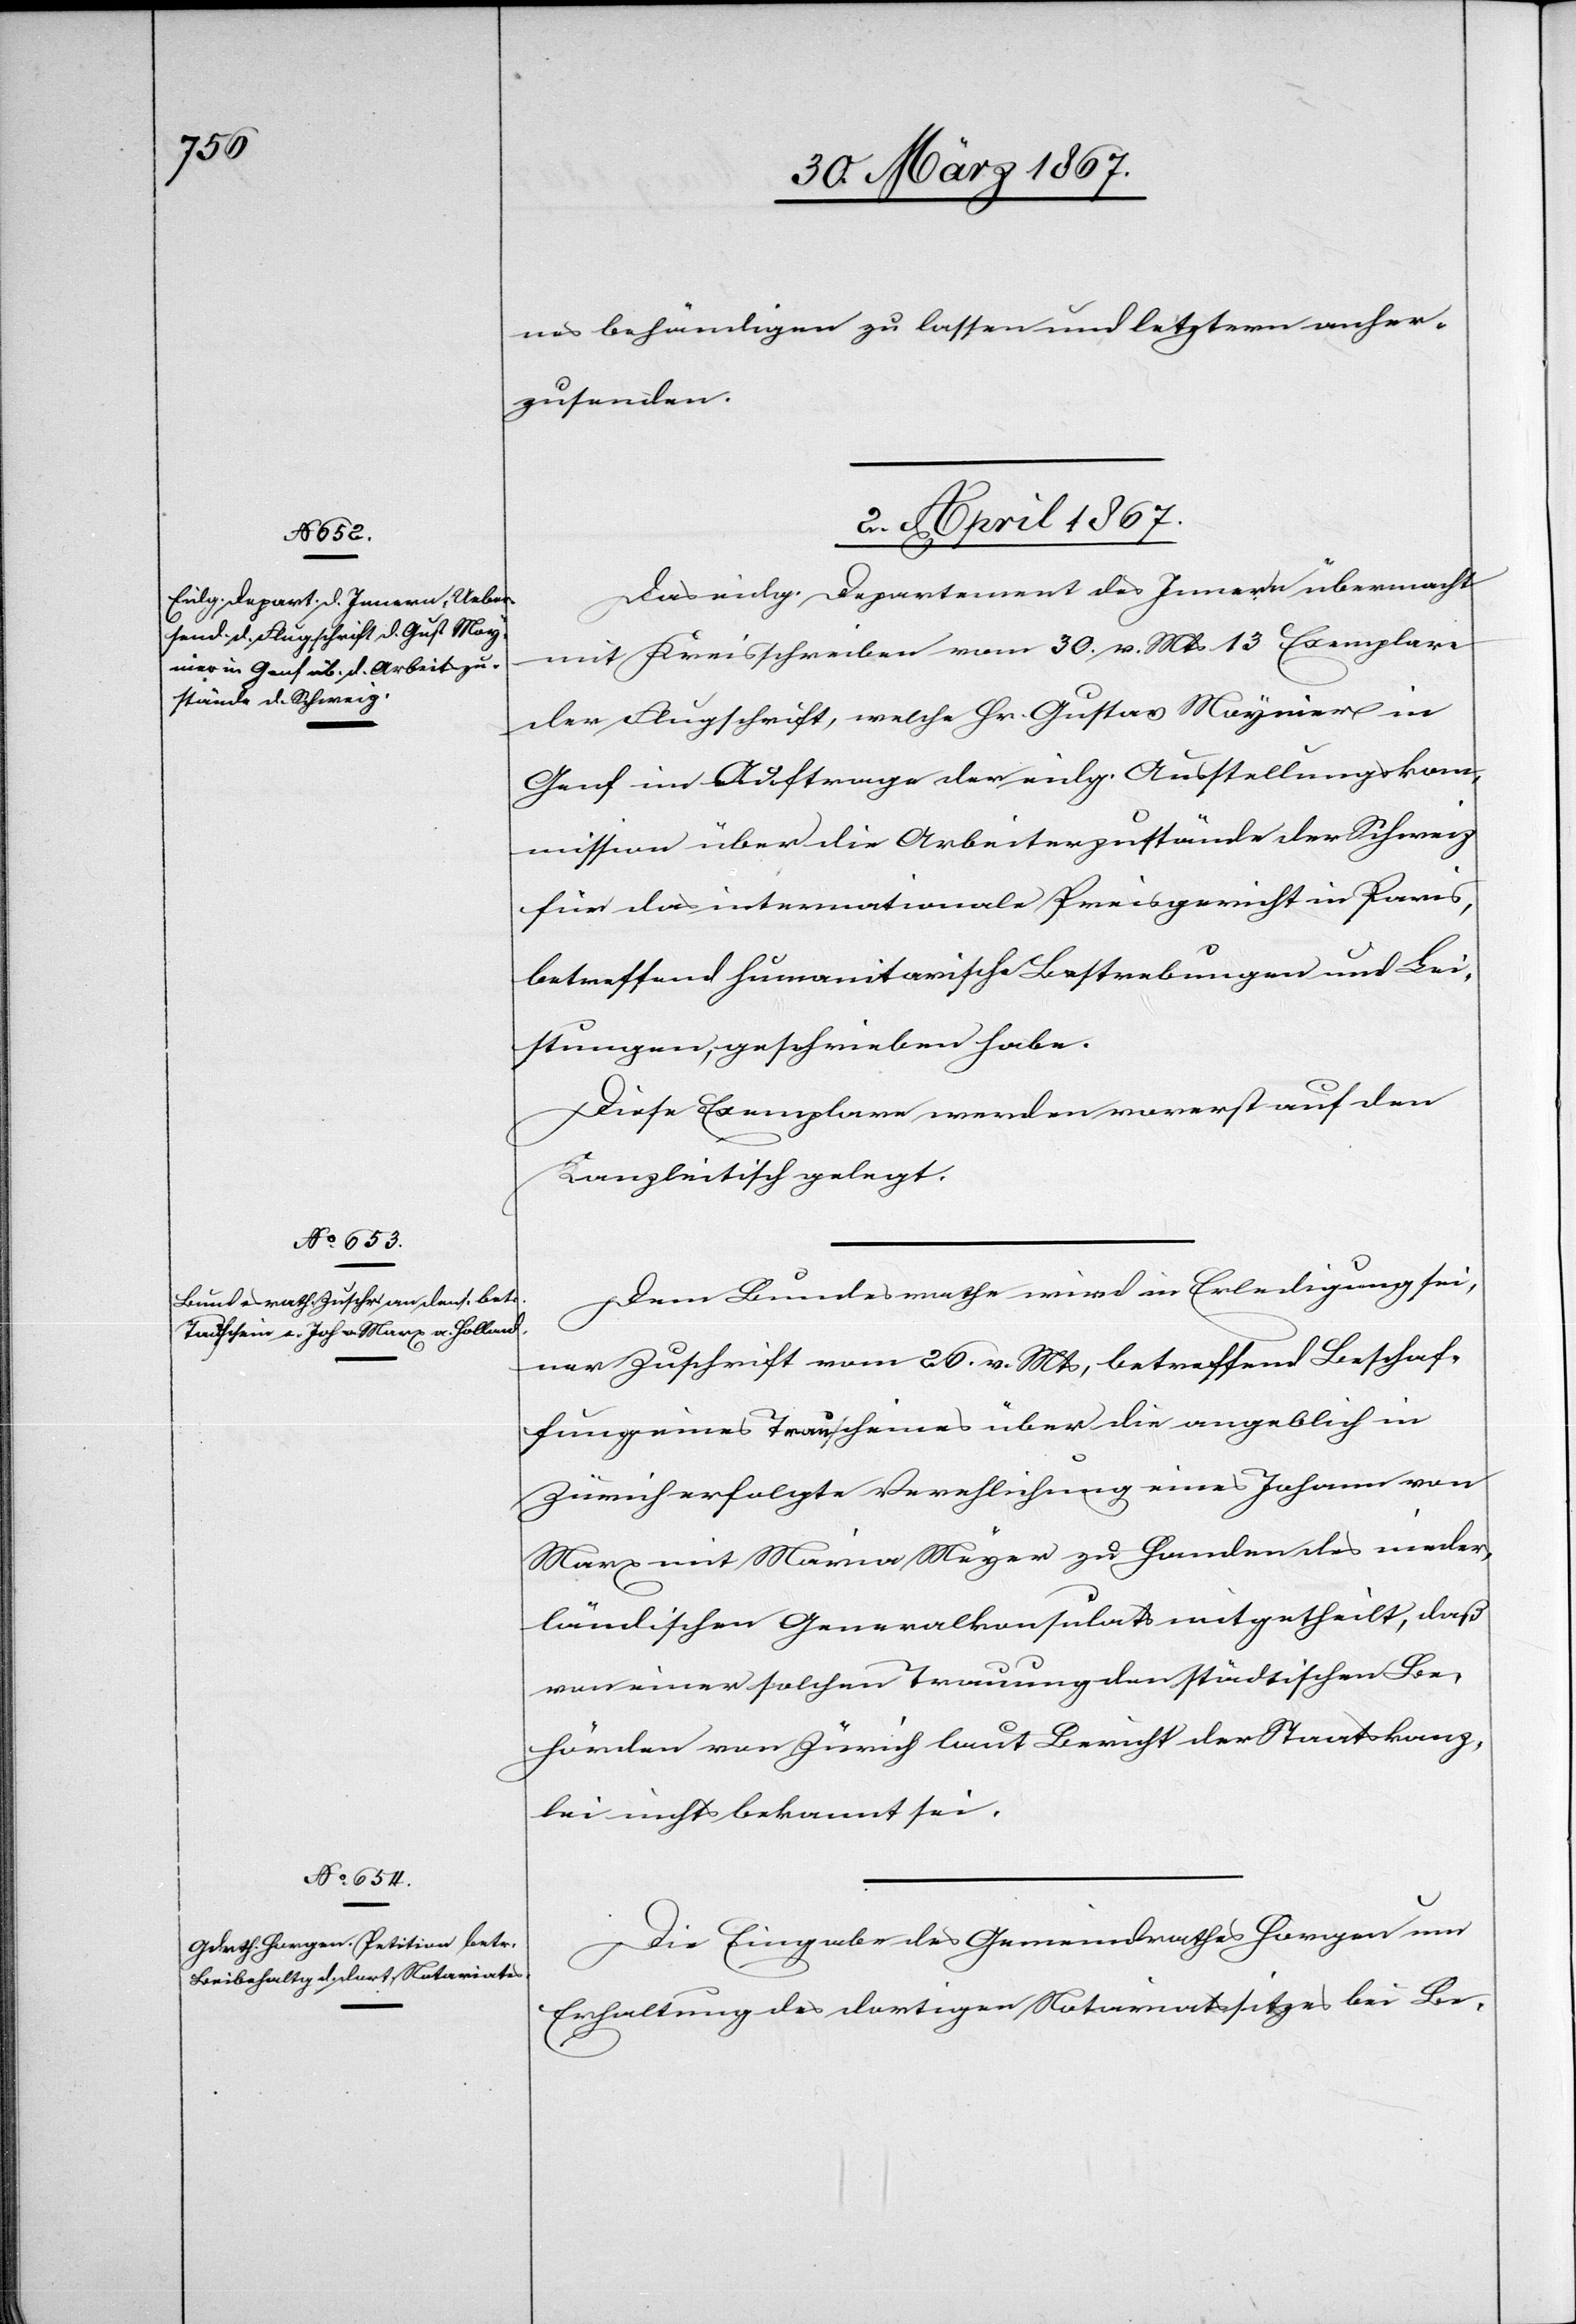
nes behändigen zu lassen und letztern anher¬
zusenden.
2. April 1867.]
Das eidg. Departement des Innern übermacht
mit Kreisschreiben vom 30. v. Mts 13 Exemplare
der Flugschrift, welche Hr. Gustav Maynier in
Genf im Auftrage der eidg. Ausstellungskom¬
mission über die Arbeiterzustände der Schweiz
für das internationale Preisgericht in Paris,
betreffend humanitarische Bestrebungen und Lei¬
stungen, geschrieben habe.
Diese Exemplare werden vorerst auf den
Kanzleitisch gelegt.
Dem Bundesrathe wird in Erledigung sei¬
ner Zuschrift vom 26. v. Mts, betreffend Beschaf¬
fung eines Trauscheines über die angeblich in
Zürich erfolgte Verehlichung eines Johann von
Marx mit Maria Meyer zu Handen des nieder¬
ländischen Generalkonsulats mitgetheilt, daß
von einer solchen Trauung den städtischen Be¬
hörden von Zürich laut Bericht der Staatskanz¬
lei nichts bekannt sei.
Die Eingabe des Gemeindrathes Horgen um
Erhaltung des dortigen Notariatssitzes bei Be-